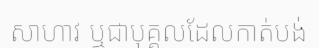
សាហាវ ឬជាបុគ្គលដែលកាត់បង់